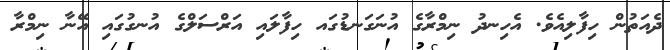
ދެއަތުން ހިފާލިއެވެ. އެހިނދު ނިމްރާގެ އުނަގަނޑުގައ ހިފާލައި އަރްސަލްގެ އުނގުގައި އޭނާ ނިމްރާ